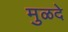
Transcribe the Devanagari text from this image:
मुळदे